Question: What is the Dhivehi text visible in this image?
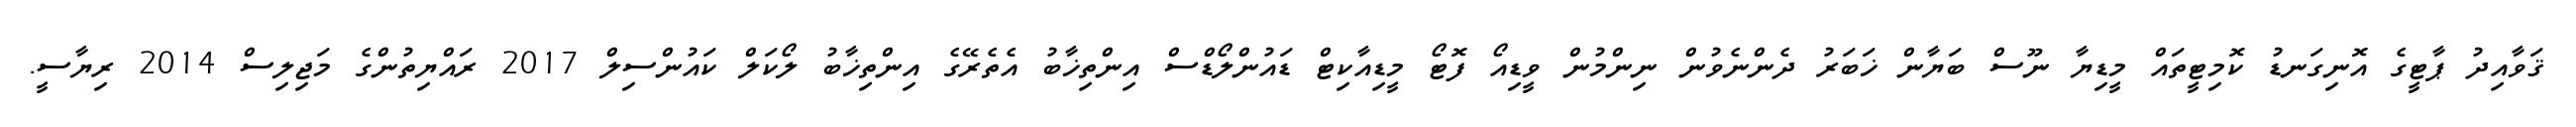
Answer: ޤަވާއިދު ޕާޓީގެ އޮނިގަނޑު ކޮމިޓީތައް މީޑިޔާ ނޫސް ބަޔާން ޚަބަރު ދެންނެވުން ނިންމުން ވީޑިއޯ ފޮޓޯ މީޑިއާކިޓް ޑައުންލޯޑްސް އިންތިޚާބު އެތެރޭގެ އިންތިޚާބު ލޯކަލް ކައުންސިލް 2017 ރައްޔިތުންގެ މަޖިލިސް 2014 ރިޔާސީ.